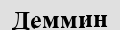
Деммин